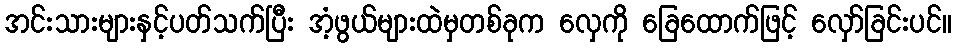
အင်းသားများနှင့်ပတ်သက်ပြီး အံ့ဖွယ်များထဲမှတစ်ခုက လှေကို ခြေထောက်ဖြင့် လှော်ခြင်းပင်။